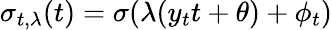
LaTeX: \sigma_{t,\lambda}(t)=\sigma(\lambda(y_{t}t+\theta)+\phi_{t})